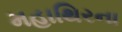
મહાથિરના